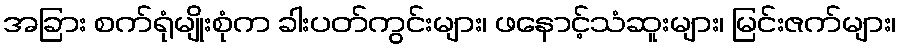
အခြား စက်ရုံမျိုးစုံက ခါးပတ်ကွင်းများ၊ ဖနောင့်သံဆူးများ၊ မြင်းဇက်များ၊